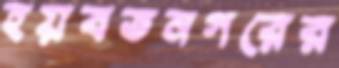
হয়বতনগরের